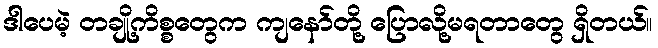
ဒါပေမဲ့ တချို့ကိစ္စတွေက ကျနော်တို့ ပြောလို့မရတာတွေ ရှိတယ်။